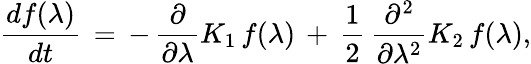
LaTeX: \frac{df(\lambda)}{dt}\, =\, -\, \frac{\partial}{\partial\lambda}K_{1}\, f(\lambda)\, +\, \frac{1}{2}\, \frac{\partial^{2}}{\partial\lambda^{2}}K_{2}\, f(\lambda),